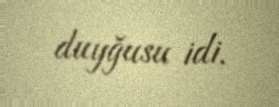
duyğusu idi.